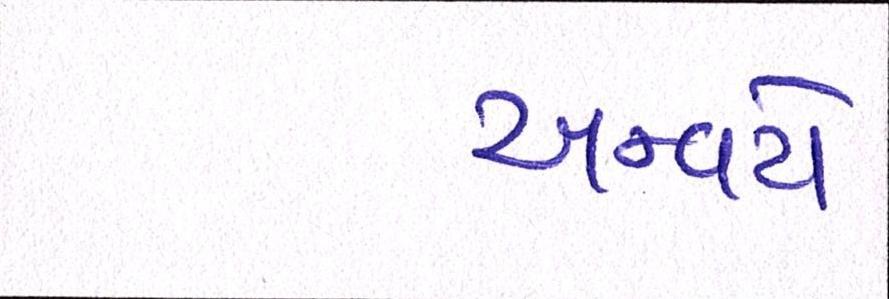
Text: અન્વયે